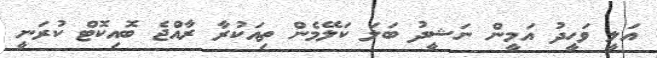
އަލީ ވަހީދު އަމީން ނަޝީދު ބަލަ ކަލޭމެން ތިއަކުރާ ރާއްޖެ ބޮއިކޮޓް ކުރަނީ